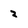
Character: 2